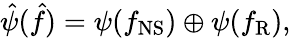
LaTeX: \hat{\psi}(\hat{f})=\psi(f_{\mathrm{NS}})\oplus\psi(f_{\mathrm{R}}),